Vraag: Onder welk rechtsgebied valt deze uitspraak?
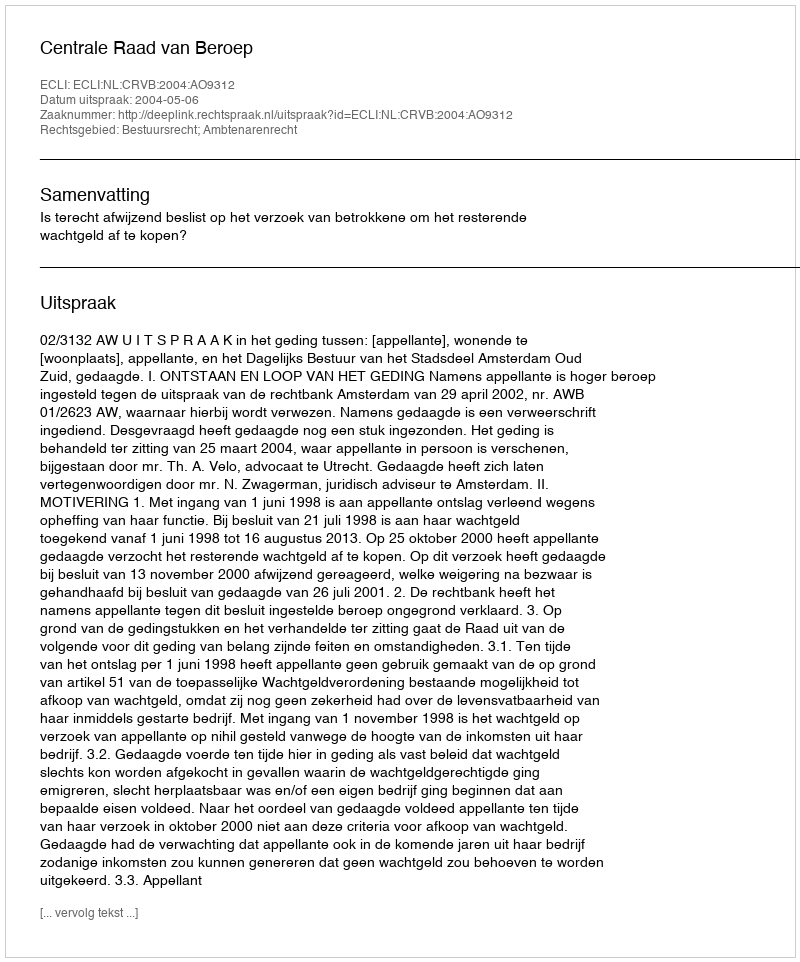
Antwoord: Bestuursrecht; Ambtenarenrecht